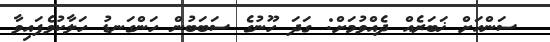
ސަންއަށް ޚަބަރެއް ދެއްވުމަށް: ގަދަ ހޫނުގެ ސަބަބުން ހަންގަނޑު ހަލާކުވެފައިވާ